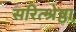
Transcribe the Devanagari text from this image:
सरित्श्रेष्ठा